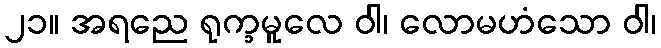
၂၁။ အရညေ ရုက္ခမူလေ ဝါ၊ လောမဟံသော ဝါ၊